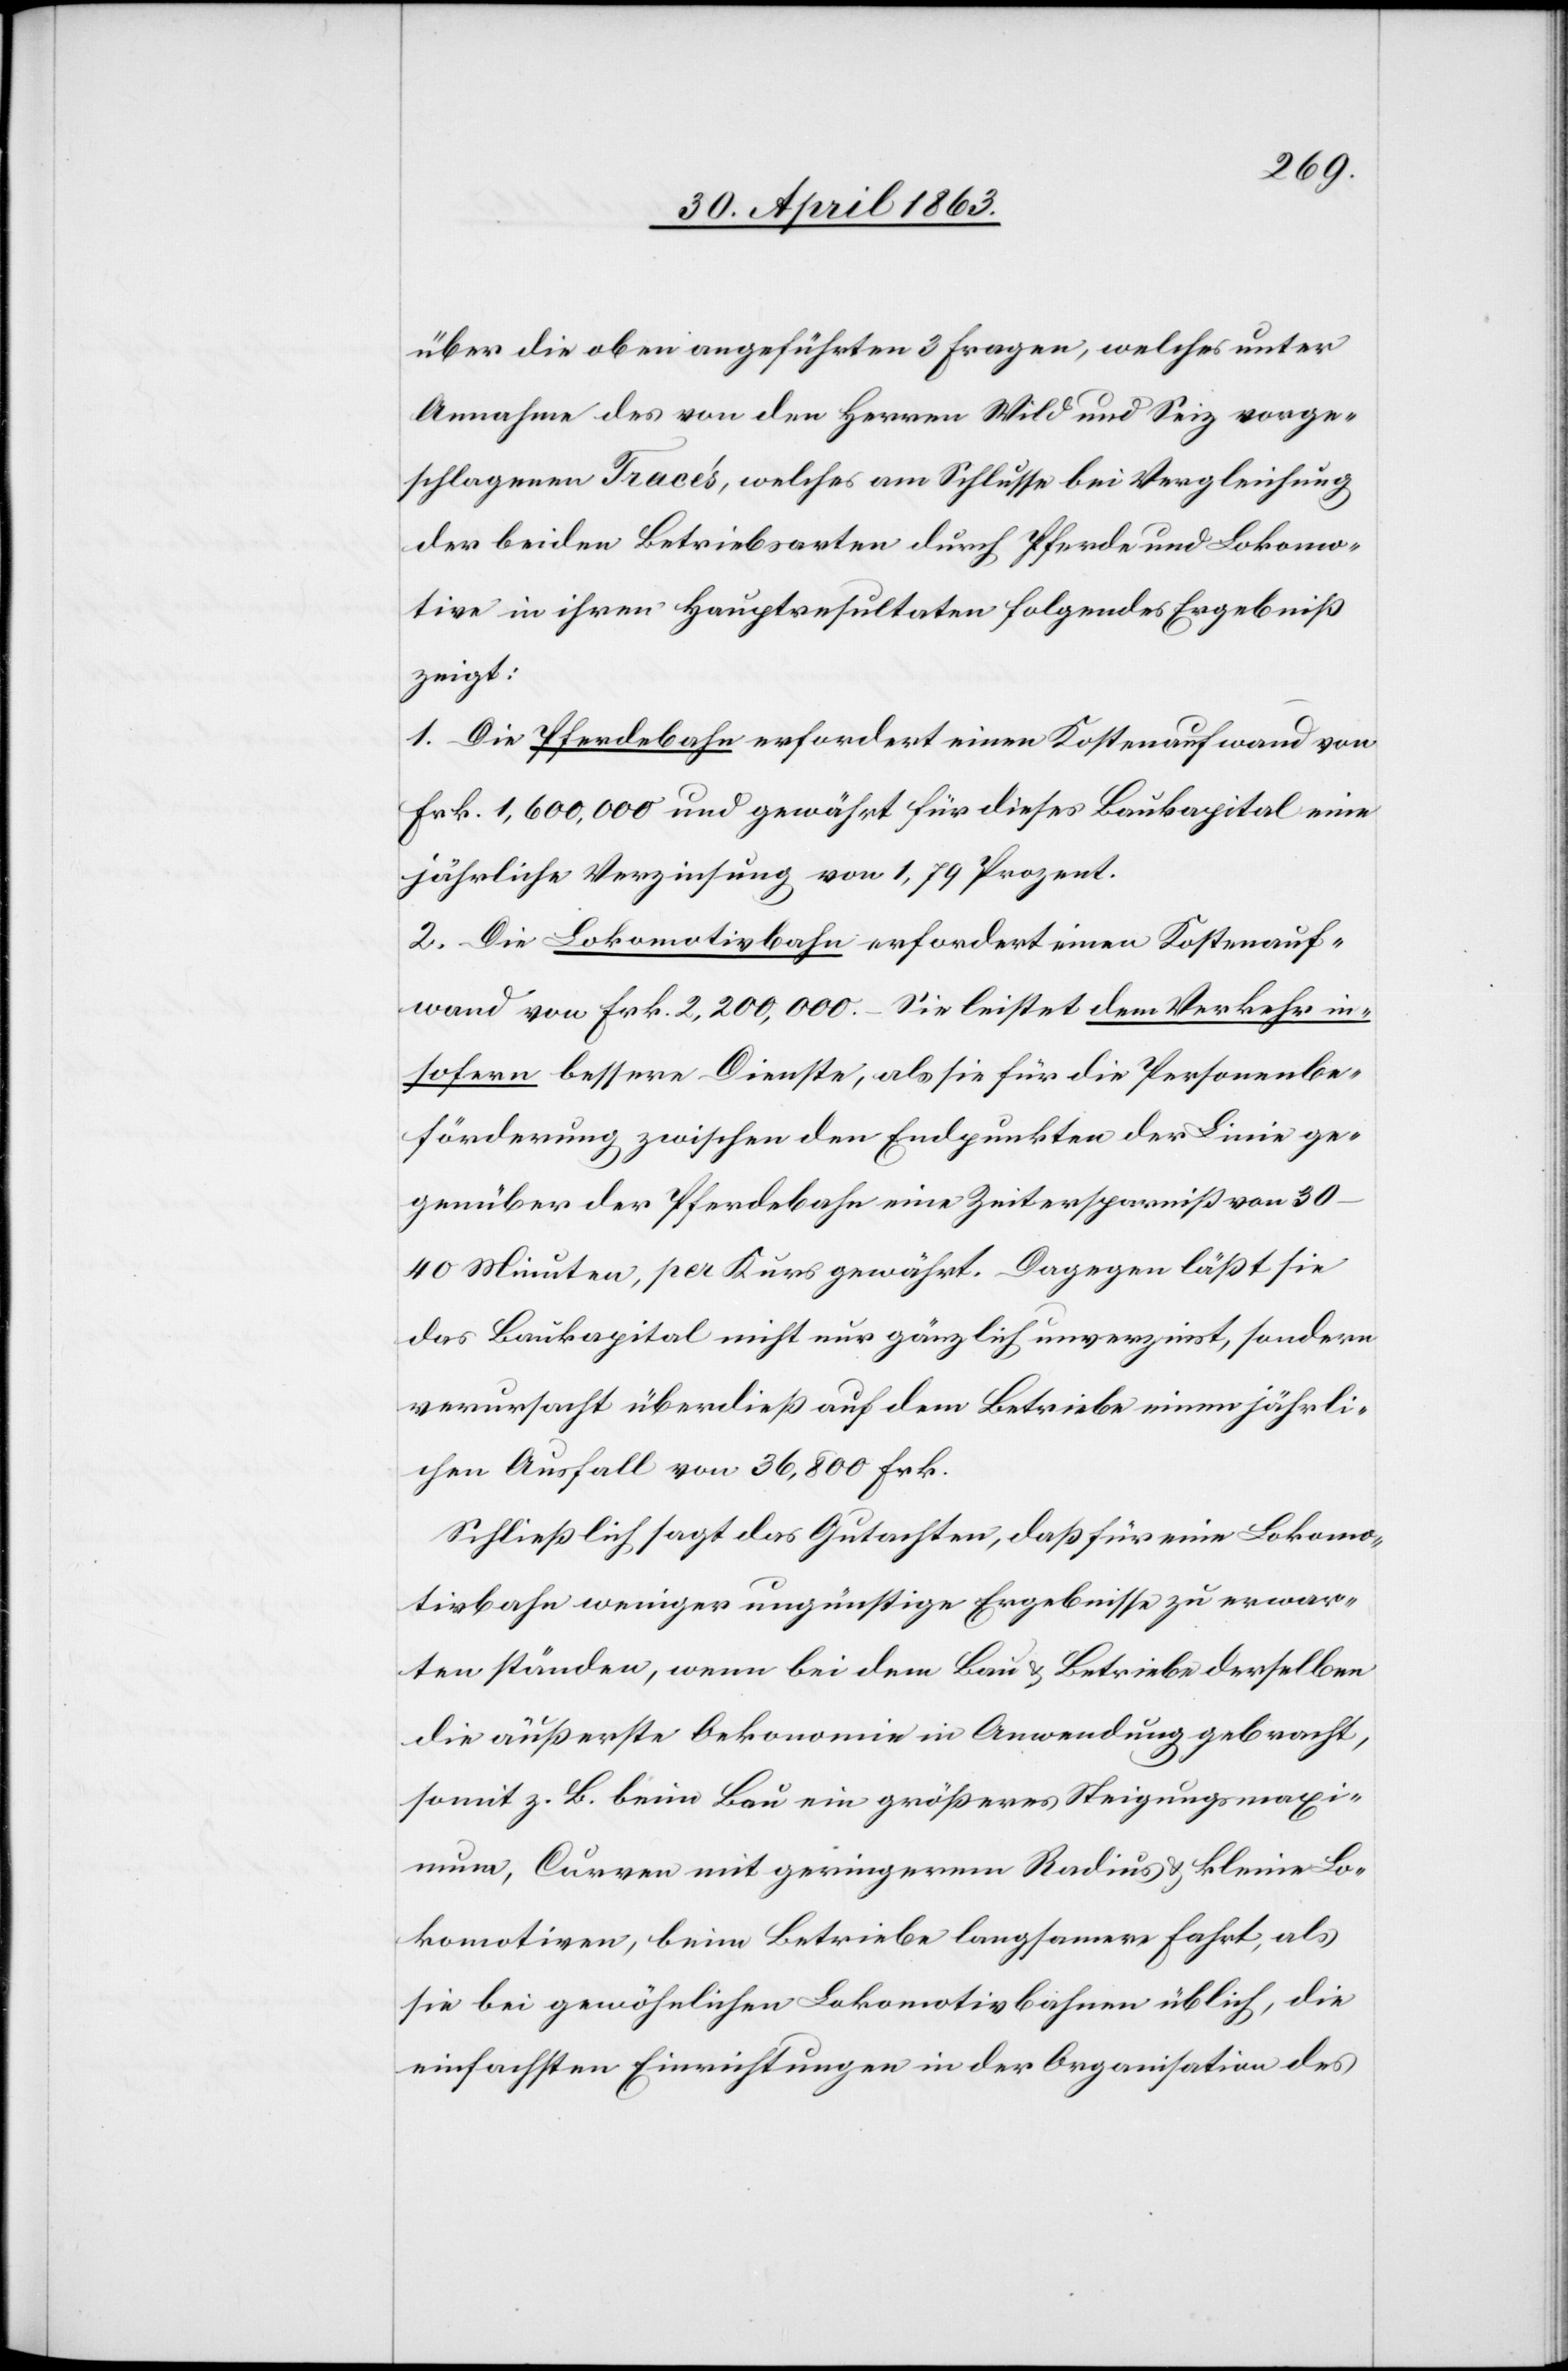
über die oben angeführten 3 Fragen, welches unter
Annahme des von den Herren Wild und Seiz vorge¬
schlagenen Tracés, welches am Schlusse bei Vergleichung
der beiden Betriebsarten durch Pferde und Lokomo¬
tive in ihren Hauptresultaten folgendes Ergebniß
zeigt:
1. Die Pferdebahn erfordert einen Kostenaufwand von
Frk. 1,600,000 und gewährt für dieses Baukapital eine
jährlich Verzinsung von 1,79 Prozent.
2. Die Lokomotivbahn erfordert einen Kostenauf¬
wand von Frk. 2,200,000. – Sie leistet dem Verkehr in¬
sofern bessere Dienste, als sie für die Personenbe¬
förderung zwischen den Endpunkten der Linie ge¬
genüber der Pferdebahn eine Zeitersparniß von 30–40
Minuten, per Kurs gewährt. Dagegen läßt sie
das Baukapital nicht nur gänzlich unverzinst, sondern
verursacht überdieß auf dem Betriebe einen jährli¬
chen Ausfall von 36,800 Frk.
Schließlich sagt das Gutachten, daß für eine Lokomo¬
tivbahn weniger ungünstige Ergebnisse zu erwar¬
ten ständen, wenn bei dem Bau & Betriebe derselben
die äußerste Oekonomie in Anwendung gebracht,
somit z. B. beim Bau ein größeres Steigungsmaxi¬
mum, Curven mit geringerem Radius & kleine Lo¬
komotiven, beim Betriebe langsamere Fahrt, als
sie bei gewöhnlichen Lokomotivbahnen üblich, die
einfachsten Einrichtungen in der Organisation des